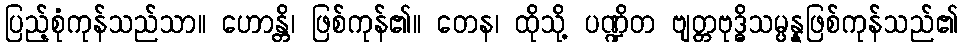
ပြည့်စုံကုန်သည်သာ။ ဟောန္တိ၊ ဖြစ်ကုန်၏။ တေန၊ ထိုသို့ ပဏ္ဍိတ ဗျတ္တဗုဒ္ဓိသမ္ပန္နဖြစ်ကုန်သည်၏